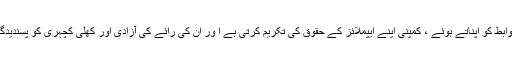
اچھی پالیسیوں اورقواعدو ضوابط کو اپناتے ہوئے ، کمپنی اپنے ایپملائز کے حقوق کی تکریم کرتی ہے ا ور ان کی رائے کی آزادی اور کھلی کچہری کو پسندیدگی کی نظر سے دیکھتی ہے۔